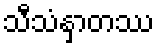
သီသံနှာတဿ